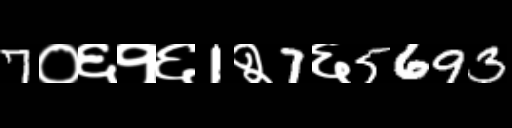
Text: 7०६१६1२7६5693